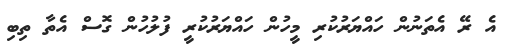
އެ ރޭ އެތަނުން ހައްޔަރުކުރި މީހުން ހައްޔަރުކުރީ ފުލުހުން ގޮސް އެތާ ތިބި